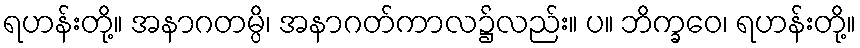
ရဟန်းတို့။ အနာဂတမ္ပိ၊ အနာဂတ်ကာလ၌လည်း။ ပ။ ဘိက္ခဝေ၊ ရဟန်းတို့။